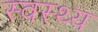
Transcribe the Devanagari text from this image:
स्‍वस्‍थ्‍य